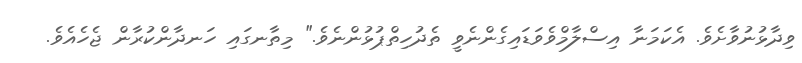
ވިދާޅުނުވާށެވެ. އެކަމަނާ އިސްލާމްވެވަޑައިގެންނެވީ ތެދުހިތްޕުޅުންނެވެ." މިތާނގައި ހަނދާންކުރާން ޖެހެއެވެ.